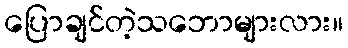
ပြောချင်တဲ့သဘောများလား။